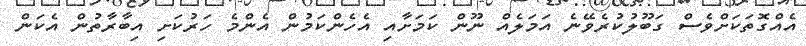
އެއްގޮތަކަށްވެސް ގަބޫލުކުރެވޭނެ އަމަލެއް ނޫން ކަމަށާއި އެހެންކަމުން އެންމެ ހަރުކަށި އިބާރާތުން އެކަން